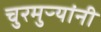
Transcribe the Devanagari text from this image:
चुरमुऱ्यांनी